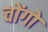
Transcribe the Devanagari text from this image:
चोंगों